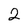
Character: 2